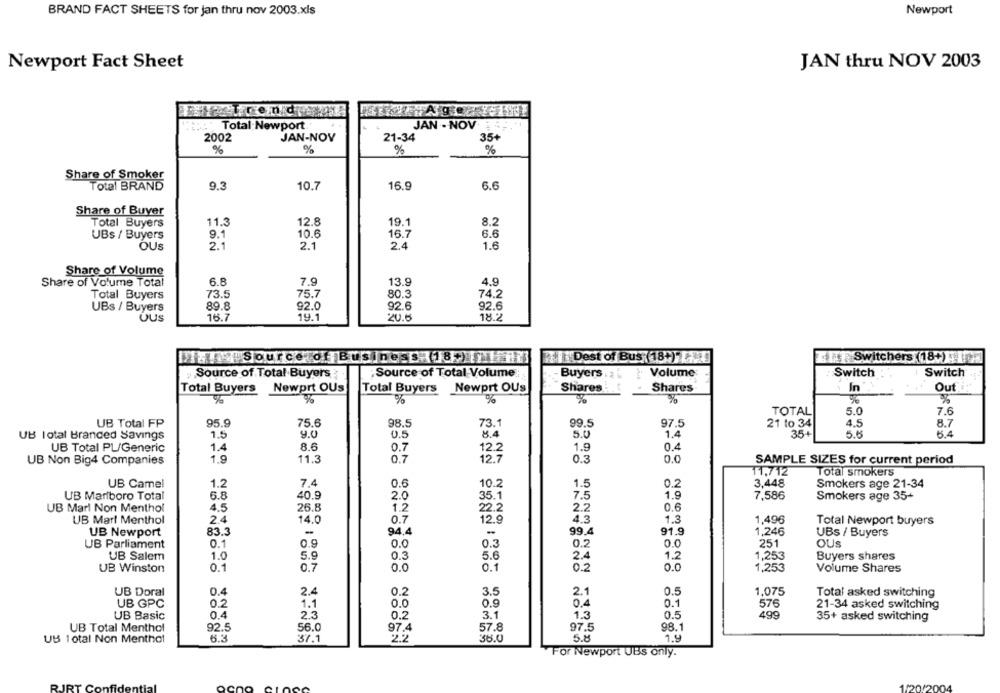
BRAND FACT SHEETS for jan thru nov 2003.xls
Newport
Newport Fact Sheet
JAN thru NOV 2003
Total Newport
JAN - NOV
2002
JAN-NOV
21-34
35+
%
%
%
%
Share of Smoker
Total BRAND
9.3
10.7
16.9
6.6
Share of Buyer
11.3
12.8
19.1
8.2
Total Buyers
UBs / Buyers
9.1
10.6
16.7
6.6
OUS
2.1
2.1
2.4
1.6
Share of Volume
Share of Volume Total
6.8
7.9
13.9
4.9
Total Buyers
73.5
75.7
80.3
74.2
UBs / Buyers
89.8
92.0
92.6
92.6
UUS
16.7
19.1
20.6
18.2
Source of Busines :(18) HIR
Dest of Bus (18+)
ETTSwitchers (18+)
Source of Total Buyers
;Source of Total Volume:
Buyers
Volume
Switch
: Switch
Newprt OUs
Shares
Shares
In
Outi:
Total Buyers
Total Buyers Newprt OUs
%
%
%
%
%
%
%
%
TOTAL
5.0
7.6
UB Total FP
95.9
75.6
98.5
73.1
99.5
97.5
4.5
8.7
21 to 34
UB Total Branded Savings
1.5
9.0
0.5
8.4
5.0
1.4
35+
5.5
6.4
UB Total PL/Generic
1.4
8.6
0.7
12.2
1.9
0.4
12.7
UB Non Big4 Companies
1.9
11.3
0.7
0.3
0.0
SAMPLE SIZES for current period
11,712
Total smokers
UB Camel
1.2
7.4
0.6
10.2
1.5
0.2
3,448
Smokers age 21-34
UB Marlboro Total
6.8
40.9
2.0
35.1
7.5
1.9
7,586
Smokers age 35+
22.2
UB Marl Non Menthol
4.5
26.8
1.2
2.2
0.6
UB Mart Menthol
2.4
14.0
0.7
12.9
4.3
1.3
1,496
Total Newport buyers
UB Newport
83.3
-
94.4
-
99.4
91.9
1,246
UBs / Buyers
UB Parliament
0.1
0.9
0.0
0.3
0.2
0.0
251
OUS
5.9
0.3
5.6
2.4
1.2
UB Salem
1.0
1,253
Buyers shares
UB Winston
0.1
0.7
0.0
0.1
0.2
0.0
1,253
Volume Shares
UB Doral
0.4
2.4
0.2
3.5
2.1
0.5
1,075
Total asked switching
UB GPC
0.2
1.1
0.0
0.9
6.4
0.1
576
21-34 asked switching
UB Basic
0.4
2.3
0.2
3.1
1.3
0.5
499
35+ asked switching
UB Total Menthol
92.5
56.0
97.4
57.8
97.5
98.1
5.8
1.9
UB 1otal Non Menthol
6.3
37.1
38.0
For Newport UBS only.